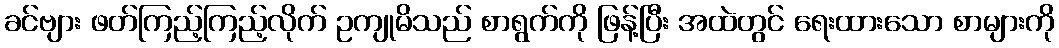
ခင်ဗျား ဖတ်ကြည့်ကြည့်လိုက် ဥကျုမိသည် စာရွက်ကို ဖြန့်ပြီး အထဲတွင် ရေးထားသော စာများကို